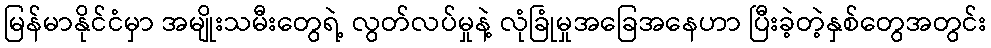
မြန်မာနိုင်ငံမှာ အမျိုးသမီးတွေရဲ့ လွတ်လပ်မှုနဲ့ လုံခြုံမှုအခြေအနေဟာ ပြီးခဲ့တဲ့နှစ်တွေအတွင်း